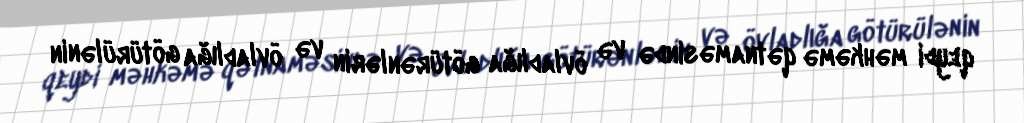
qeydi məhkəmə qətnaməsində və övladlığa götürənlərin və övladlığa götürülənin